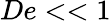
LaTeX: De<<1